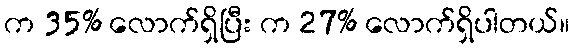
က 35% လောက်ရှိပြီး က 27% လောက်ရှိပါတယ်။